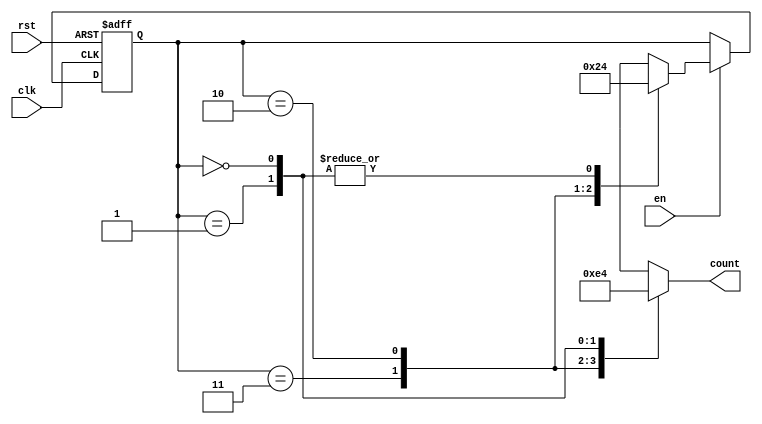
module down_counter (
    input wire clk,      // Clock signal
    input wire rst,      // Asynchronous reset signal
    input wire en,       // Enable signal
    output reg [1:0] count // 2-bit output representing the current count value
);

// State encoding
localparam STATE_3 = 2'b11; // State 3
localparam STATE_2 = 2'b10; // State 2
localparam STATE_1 = 2'b01; // State 1
localparam STATE_0 = 2'b00; // State 0

// Current state register
reg [1:0] current_state;

// State transition on the rising edge of the clock
always @(posedge clk or posedge rst) begin
    if (rst) begin
        // Reset to State 3
        current_state <= STATE_3;
    end else if (en) begin
        // Count down if enabled and not already at State 0
        case (current_state)
            STATE_3: current_state <= STATE_2;
            STATE_2: current_state <= STATE_1;
            STATE_1: current_state <= STATE_0;
            STATE_0: current_state <= STATE_0; // Maintain State 0
            default: current_state <= STATE_3; // Default state
        endcase
    end
end

// Output logic based on current state - Moore output
always @(*) begin
    case (current_state)
        STATE_3: count = 2'b11; // Output 3
        STATE_2: count = 2'b10; // Output 2
        STATE_1: count = 2'b01; // Output 1
        STATE_0: count = 2'b00; // Output 0
        default: count = 2'b00; // Default output
    endcase
end

endmodule